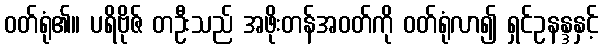
ဝတ်ရုံ၏။ ပရိဗိုဇ် တဦးသည် အဖိုးတန်အဝတ်ကို ဝတ်ရုံလာ၍ ရှင်ဥနန္ဒနှင့်